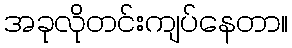
အခုလိုတင်းကျပ်နေတာ။